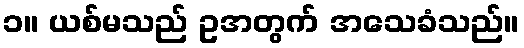
၁။ ယစ်မသည် ဥအတွက် အသေခံသည်။